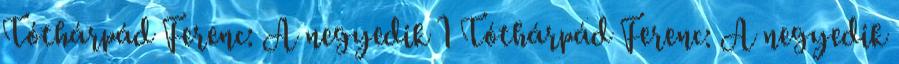
Tóthárpád Ferenc: A negyedik 1 Tóthárpád Ferenc: A negyedik